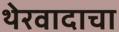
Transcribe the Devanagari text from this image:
थेरवादाचा